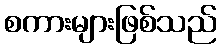
စကားများဖြစ်သည်